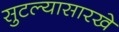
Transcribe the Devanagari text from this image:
सुटल्यासारखे